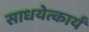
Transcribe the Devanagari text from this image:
साधयेत्कार्यं